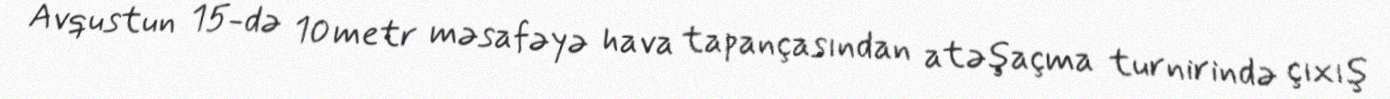
Avqustun 15-də 10 metr məsafəyə hava tapançasından atəşaçma turnirində çıxış